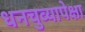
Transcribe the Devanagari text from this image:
धनचुव्यापेक्षा